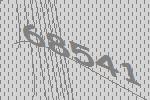
68541